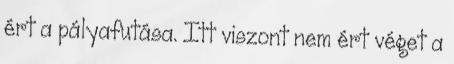
ért a pályafutása. Itt viszont nem ért véget a